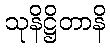
သုနိဋ္ဌိတာနိ